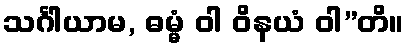
သင်္ဂါယာမ, ဓမ္မံ ဝါ ဝိနယံ ဝါ”တိ။